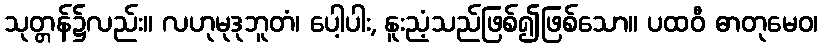
သုတ္တန်၌လည်း။ လဟုမုဒုဘူတံ၊ ပေါ့ပါး, နူးညံ့သည်ဖြစ်၍ဖြစ်သော။ ပထဝီ ဓာတုမေဝ၊